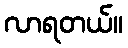
လာရတယ်။